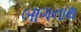
બાગનાથ